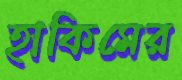
হাকিমের